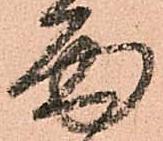
面